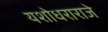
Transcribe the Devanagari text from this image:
यशोधराराजे